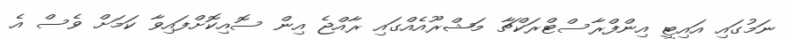
ނަމުގައި އައިޓީ އިންފްރާސްޓްރަކްޗާ މަޝްރޫއެއްގައި ރާއްޖެ އިން ސޮއިކޮށްފައިވާ ކަމަށް ވެސް އެ